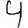
Digit: 4